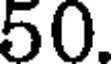
50.